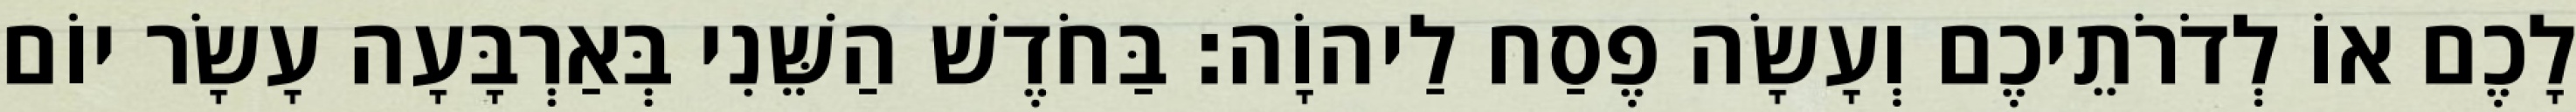
לָכֶם אוֹ לְדֹרֹתֵיכֶם וְעָשָׂה פֶסַח לַיהוָֹה׃ בַּחֹדֶשׁ הַשֵּׁנִי בְּאַרְבָּעָה עָשָׂר יוֹם